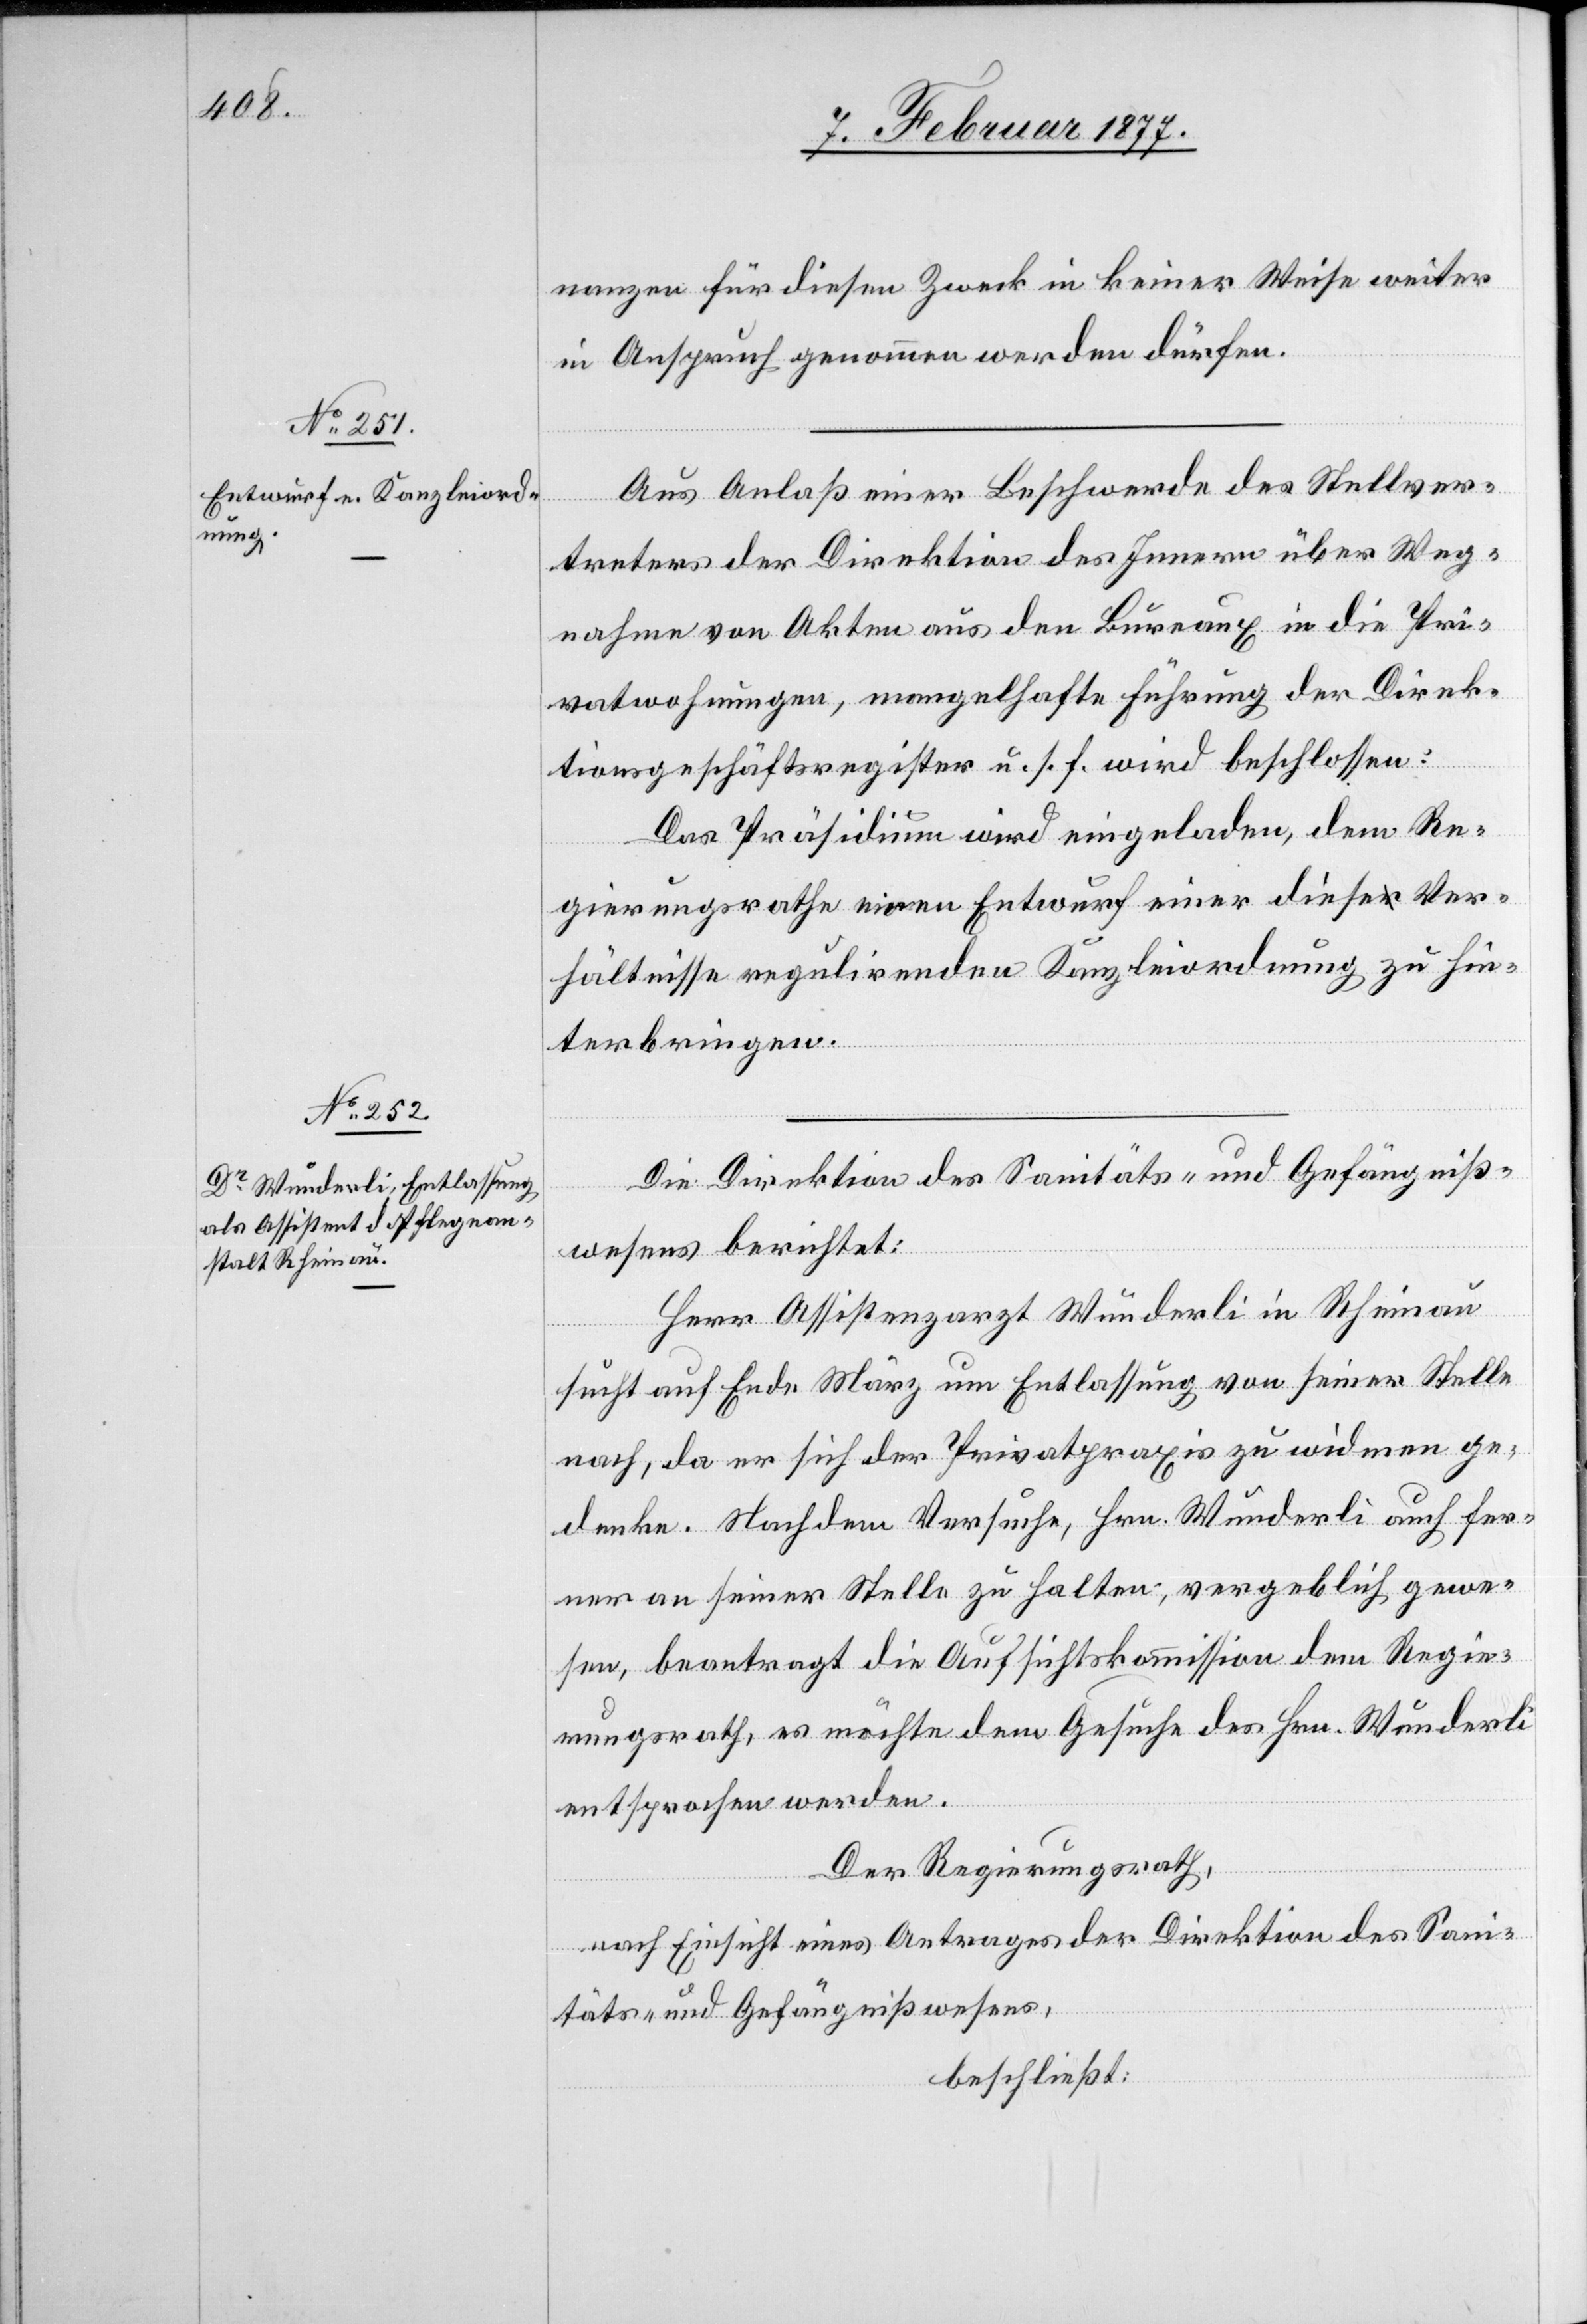
nanzen für diesen Zweck in keiner Weise weiter
in Anspruch genommen werden dürfen.
Aus Anlaß einer Beschwerde des Stellver¬
treters der Direktion des Innern über Weg¬
nahme von Akten aus den Bureaux in die Pri¬
vatwohnungen, mangelhafte Führung der Direk¬
tionsgeschäftsregister u. s. f. wird beschlossen:
Das Präsidium wird eingeladen, dem Re¬
gierungsrathe einen Entwurf einer diese Ver¬
hältnisse regulirende Kanzleiordnung zu hin¬
terbringen.
Die Direktion des Sanitäts- und Gefängniß¬
wesens berichtet:
Herr Assistenzarzt Wunderli in Rheinau
sucht auf Ende März um Entlassung von seiner Stelle
nach, da er sich der Privatpraxis zu widmen ge¬
denke. Nachdem Versuche, Hrn. Wunderli auch fer¬
ner an seiner Stelle zu halten, vergeblich gewe¬
sen, beantragt die Aufsichtskommission dem Regie¬
rungsrath, es möchte dem Gesuche des Hrn. Wunderli
entsprochen werden.
Der Regierungsrath,
nach Einsicht eines Antrages der Direktion des Sani¬
täts- und Gefängnißwesens,
beschließt: